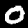
Label: 0